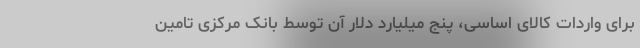
برای واردات کالای اساسی، پنج میلیارد دلار آن توسط بانک مرکزی تامین